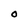
Character: 0